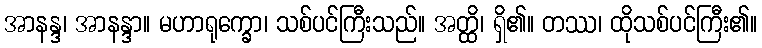
အာနန္ဒ၊ အာနန္ဒာ။ မဟာရုက္ခော၊ သစ်ပင်ကြီးသည်။ အတ္ထိ၊ ရှိ၏။ တဿ၊ ထိုသစ်ပင်ကြီး၏။